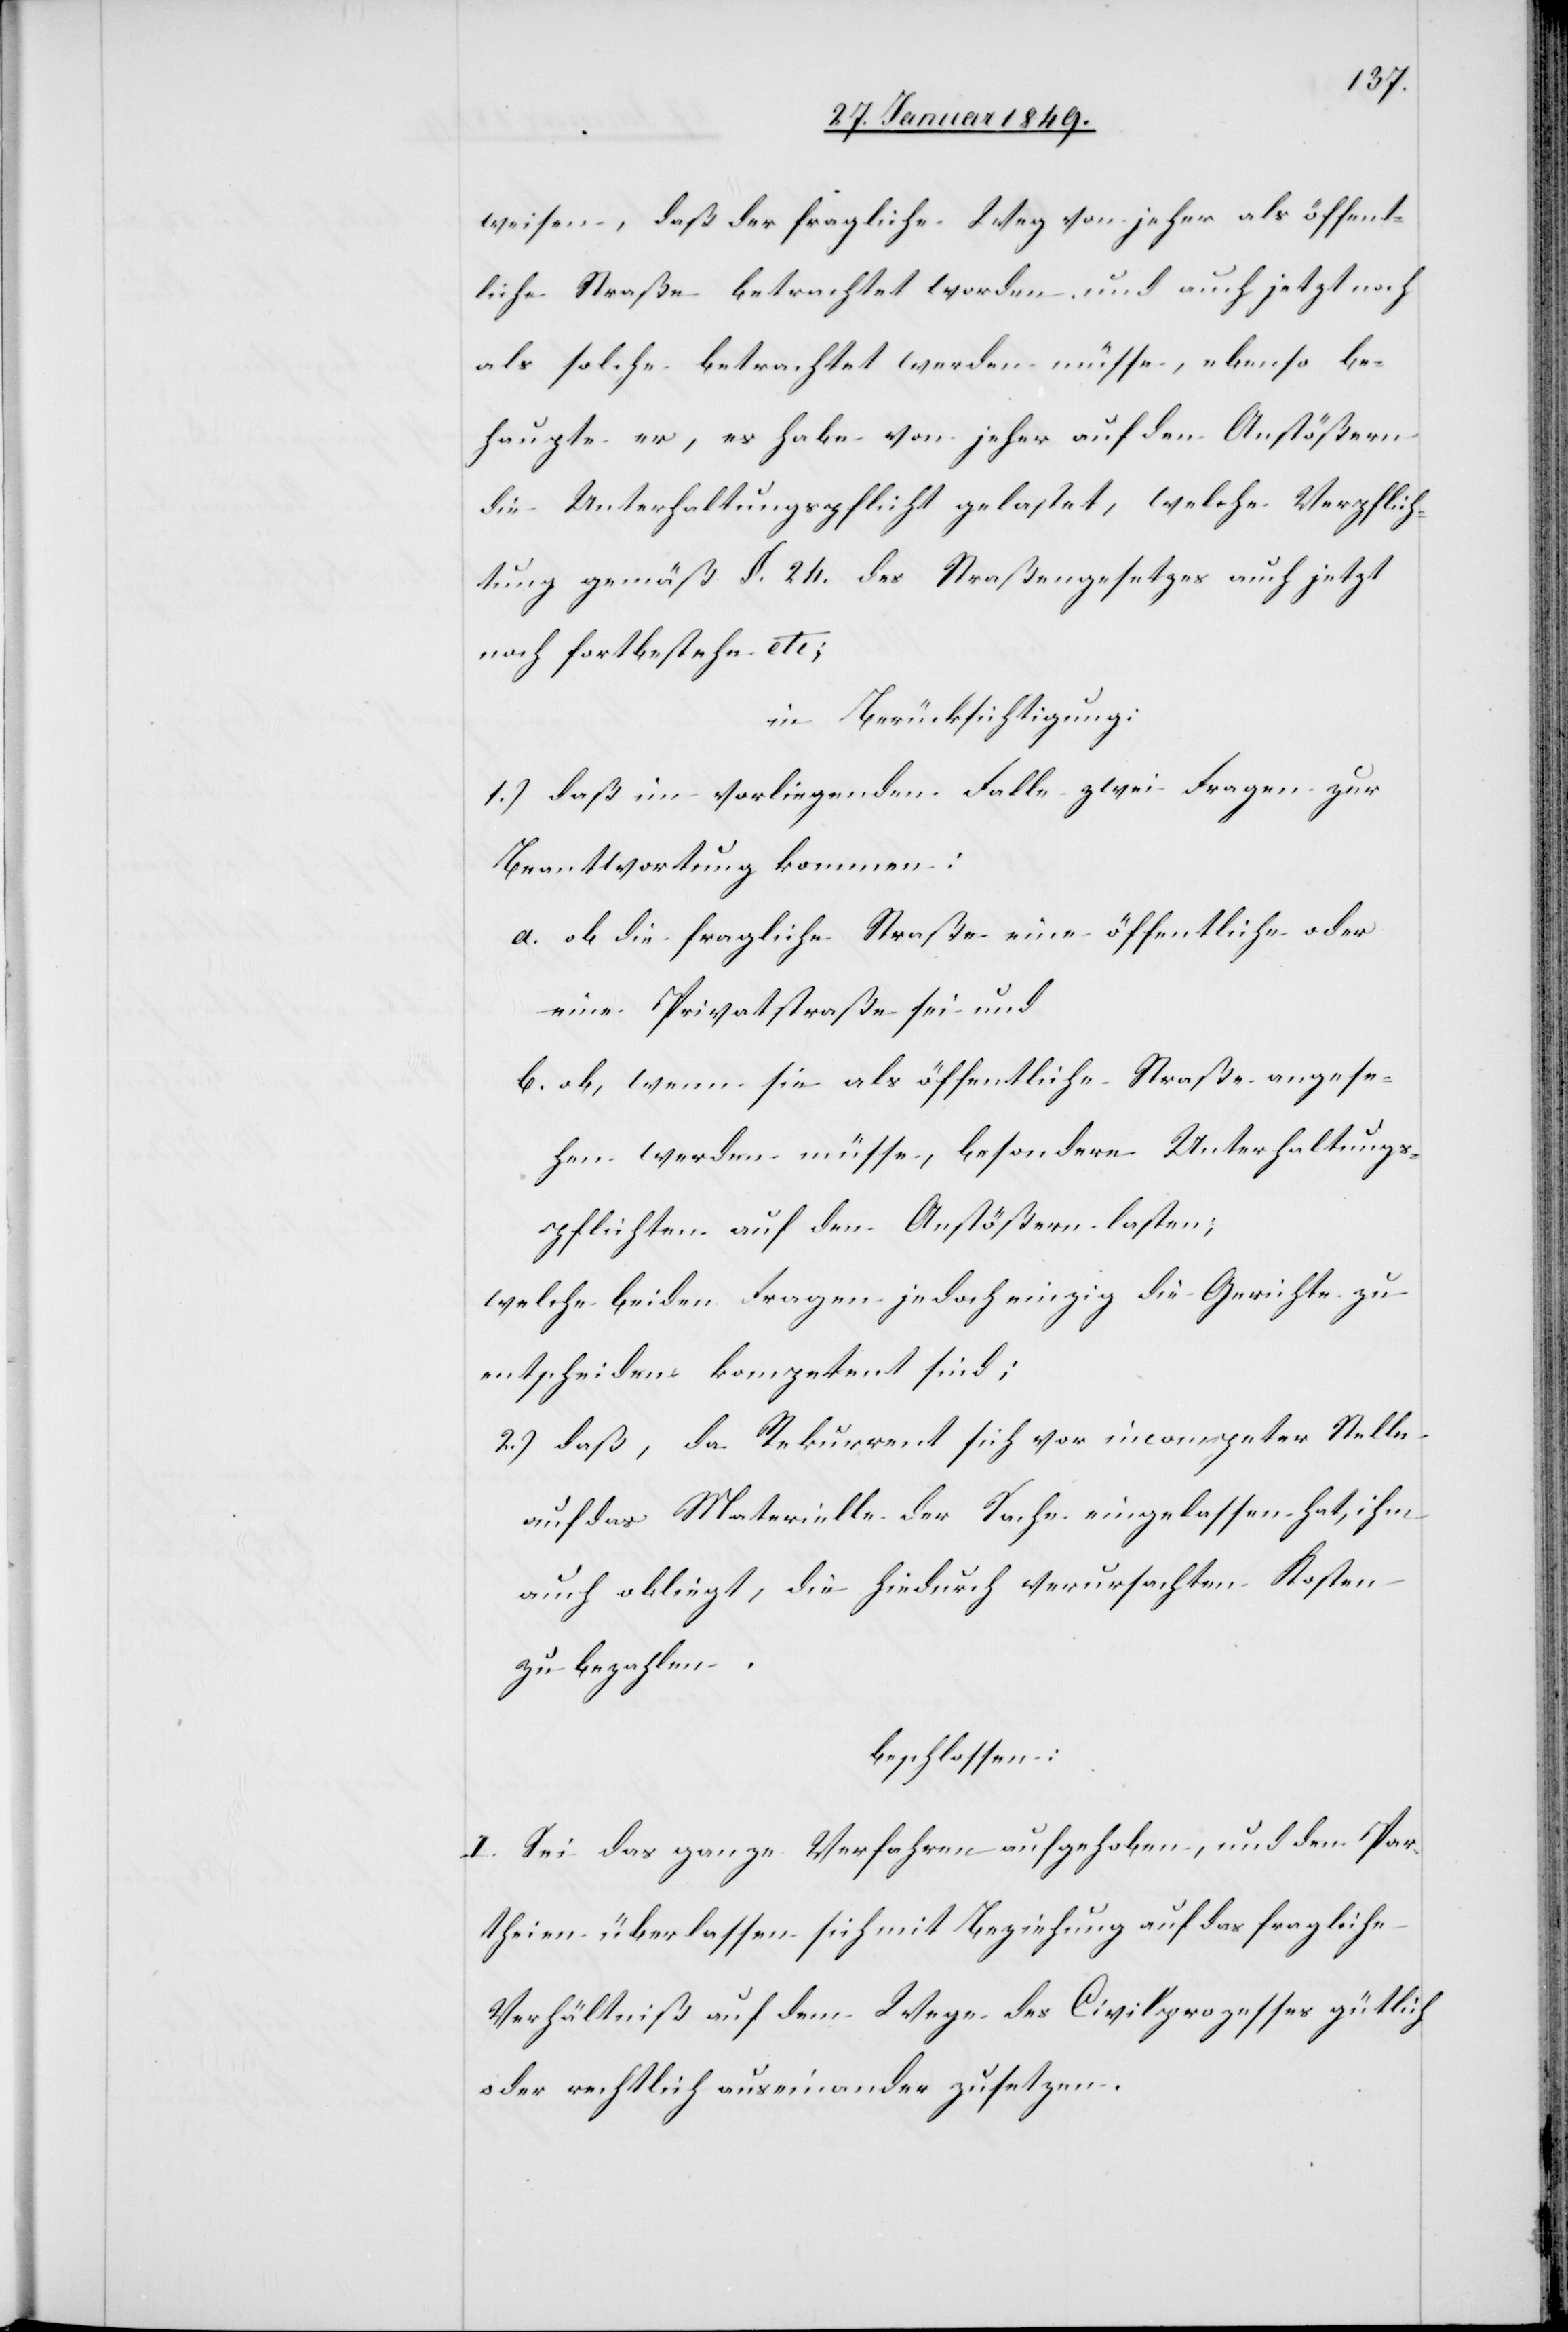
weisen, daß der fragliche Weg von jeher als öffent¬
liche Straße betrachtet worden und auch jetzt noch
als solche betrachtet werden müsse, ebenso be¬
haupte er, es habe von jeher auf den Anstößern
die Unterhaltungspflicht gelastet, welche Verpflich¬
tung gemäß §. 24. des Straßengesetzes auch jetzt
noch fortbestehe etc.;
in Berücksichtigung:
1.) daß im vorliegenden Falle zwei Fragen zur
Beantwortung kommen:
a. ob die fragliche Straße eine öffentliche oder
eine Privatstraße sei und
b. ob, wenn sie als öffentliche Straße angese¬
hen werden müsse, besondere Unterhaltungs¬
pflichten auf den Anstößern lasten;
welche beiden Fragen jedoch einzig die Gerichte zu
entscheiden kompetent sind;
2.) daß, da Rekurrent sich vor incompet[ent]er Stelle
auf das Materielle der Sache eingelassen hat, ihm
auch obliegt, die dadurch verursachten Kosten
zu bezahlen.
beschlossen:
I. Sei das ganze Verfahren aufgehoben, und den Par¬
theien überlassen sich mit Beziehung auf das fragliche
Verhältniß auf dem Wege des Civilprozesses gütlich
oder rechtlich auseinander zusetzen.